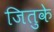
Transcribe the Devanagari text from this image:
जितुके